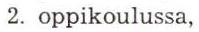
 2. oppikoulussa,